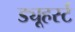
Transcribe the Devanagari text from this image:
ड्यूहर्स्ट